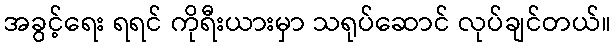
အခွင့်ရေး ရရင် ကိုရီးယားမှာ သရုပ်ဆောင် လုပ်ချင်တယ်။